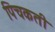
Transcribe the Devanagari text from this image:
पिचकती